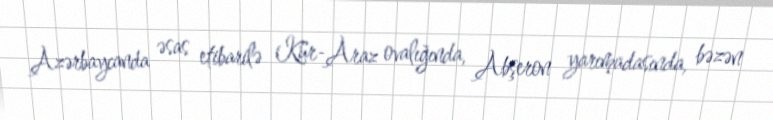
Azərbaycanda əsas etibarilə Kür-Araz ovalığında, Abşeron yarımadasında, bəzən